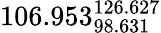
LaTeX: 106.953_{98.631}^{126.627}